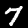
Digit: 7